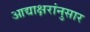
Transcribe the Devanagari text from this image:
आद्याक्षरांनुसार